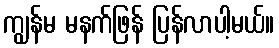
ကျွန်မ မနက်ဖြန် ပြန်လာပါ့မယ်။